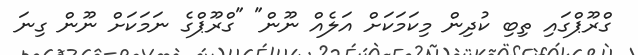
ގްރޫޕްގައި ތިބި ކުދިން މިކަމަކަށް އަލެއް ނޫން" "ގްރޫޕްގެ ނަމަކަށް ނޫން ގިނަ